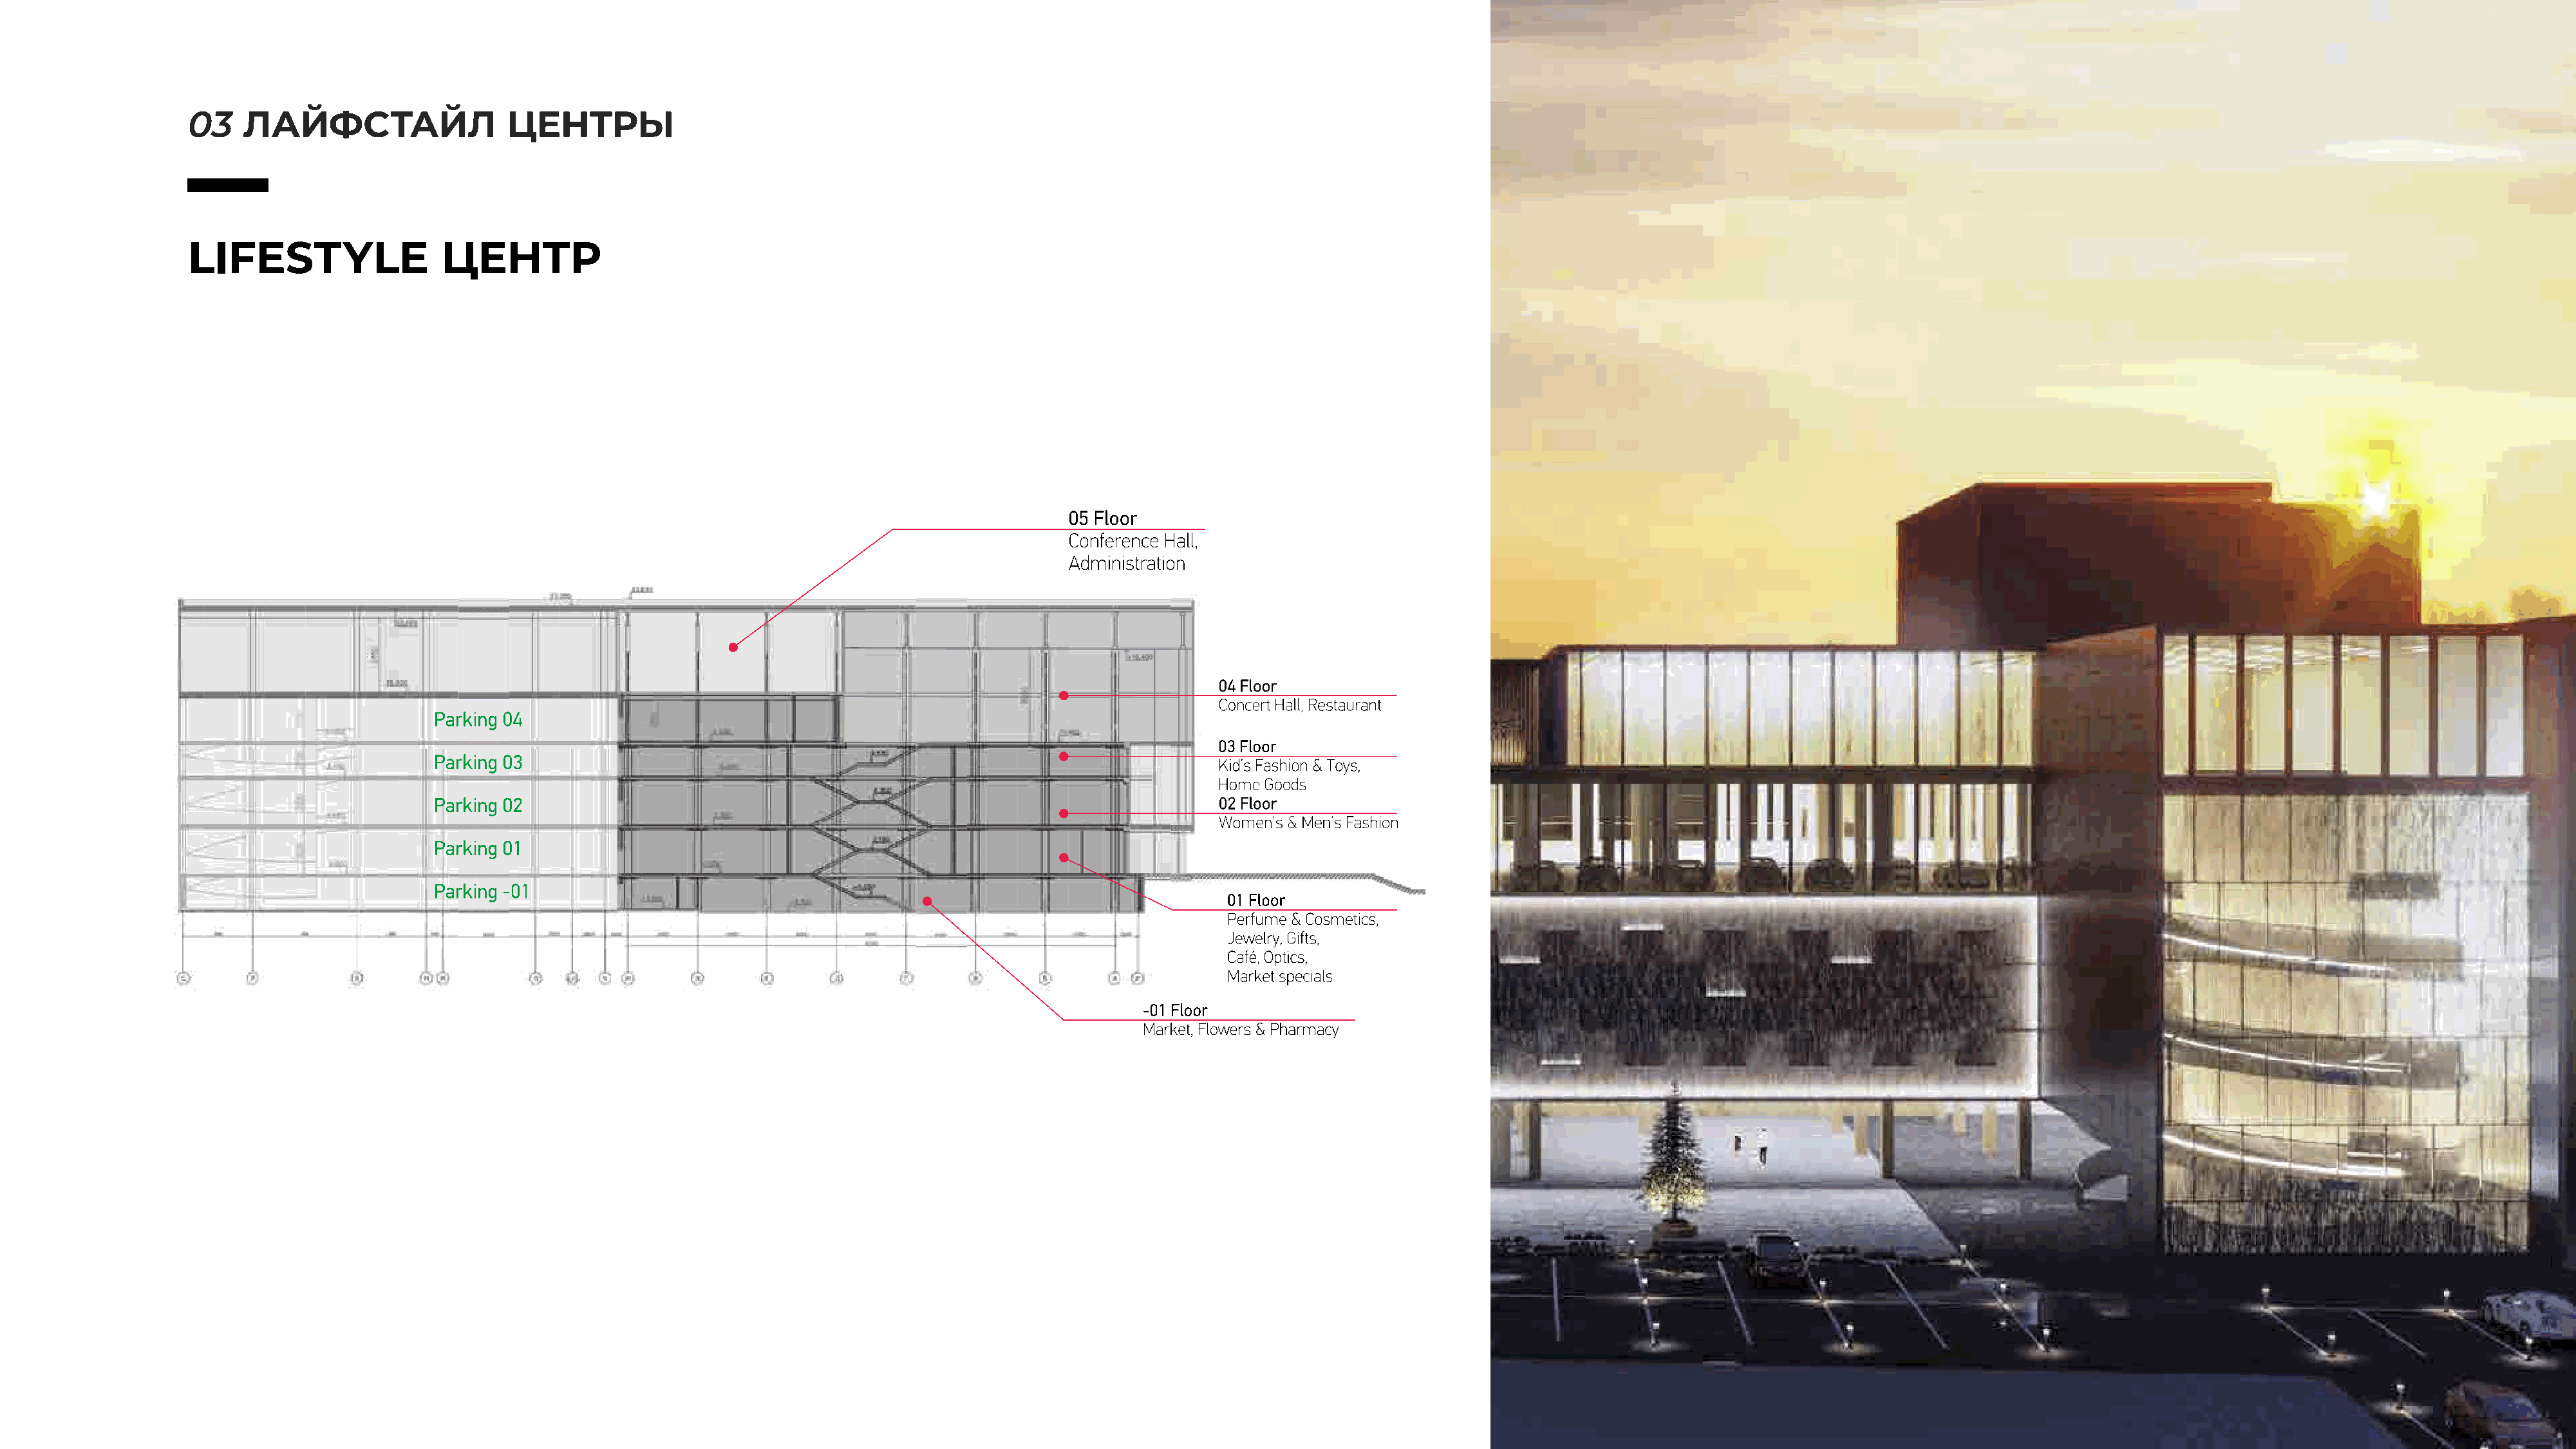
03    ЛАЙФСТАЙЛ                  ЦЕНТРЫ
 LIFESTYLE                 ЦЕНТР